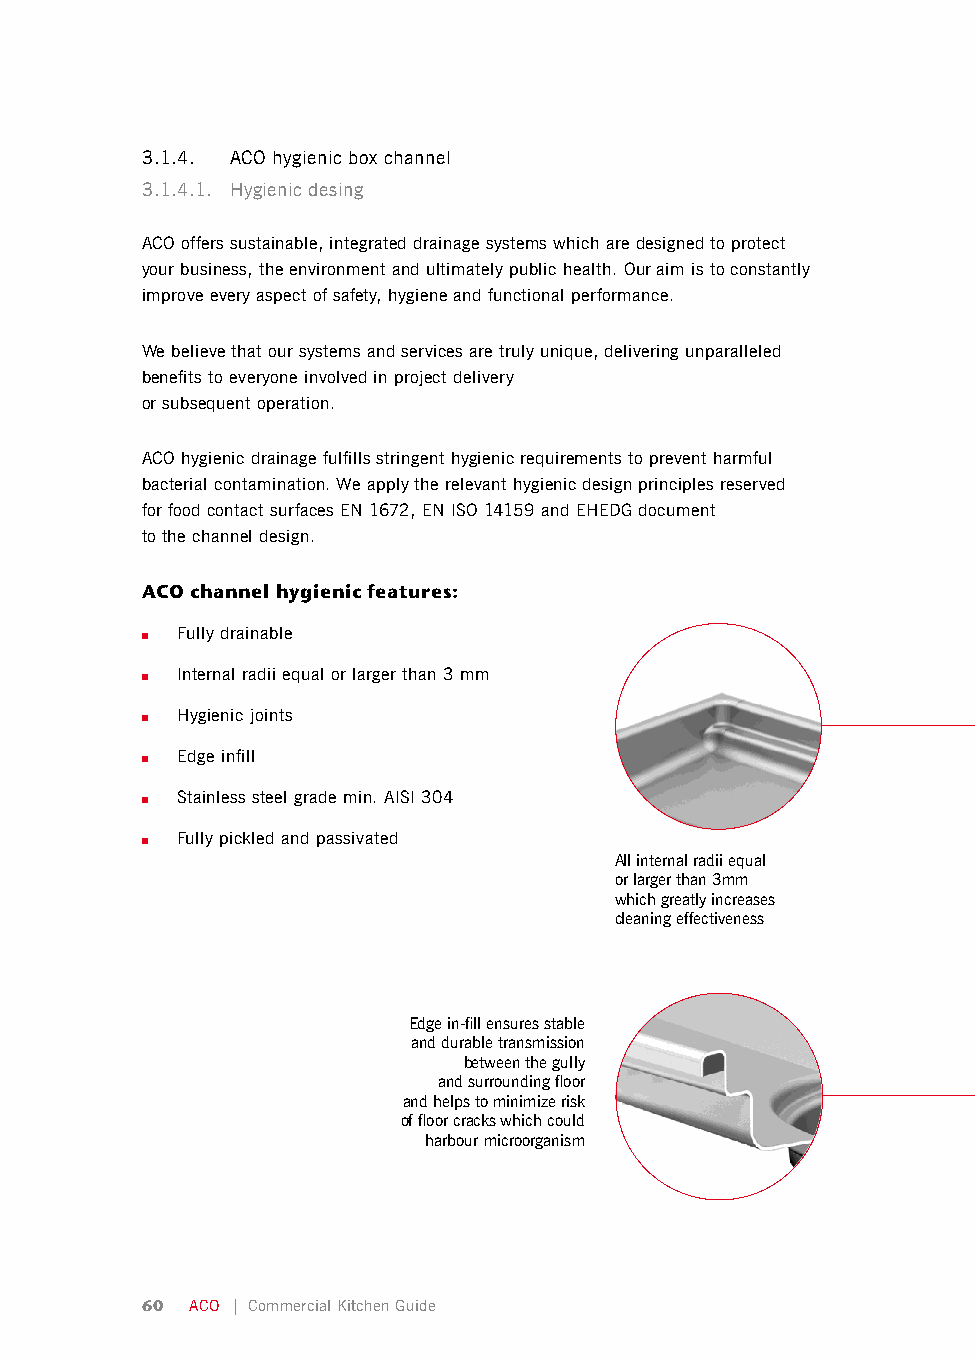
3.1.4. ACO hygienic box channel
 3.1.4.1. Hygienic desing
 ACO offers sustainable, integrated drainage systems which are designed to protect
 your business, the environment and ultimately public health. Our aim is to constantly
 improve every aspect of safety, hygiene and functional performance.
 We believe that our systems and services are truly unique, delivering unparalleled
 benefits to everyone involved in project delivery
 or subsequent operation.
 ACO hygienic drainage fulfills stringent hygienic requirements to prevent harmful
 bacterial contamination. We apply the relevant hygienic design principles reserved
 for food contact surfaces EN 1672, EN ISO 14159 and EHEDG document
 to the channel design.
 ACO channel hygienic features:
 ■  Fully drainable
 ■  Internal radii equal or larger than 3 mm
 ■  Hygienic joints
 ■  Edge infill
 ■  Stainless steel grade min. AISI 304
 ■  Fully pickled and passivated
 All internal radii equal
 or larger than 3mm
 which greatly increases
 cleaning effectiveness
 Edge in-fill ensures stable
 and durable transmission
 between the gully
 and surrounding floor
 and helps to minimize risk
 of floor cracks which could
 harbour microorganism
 60  ACO | Commercial Kitchen Guide